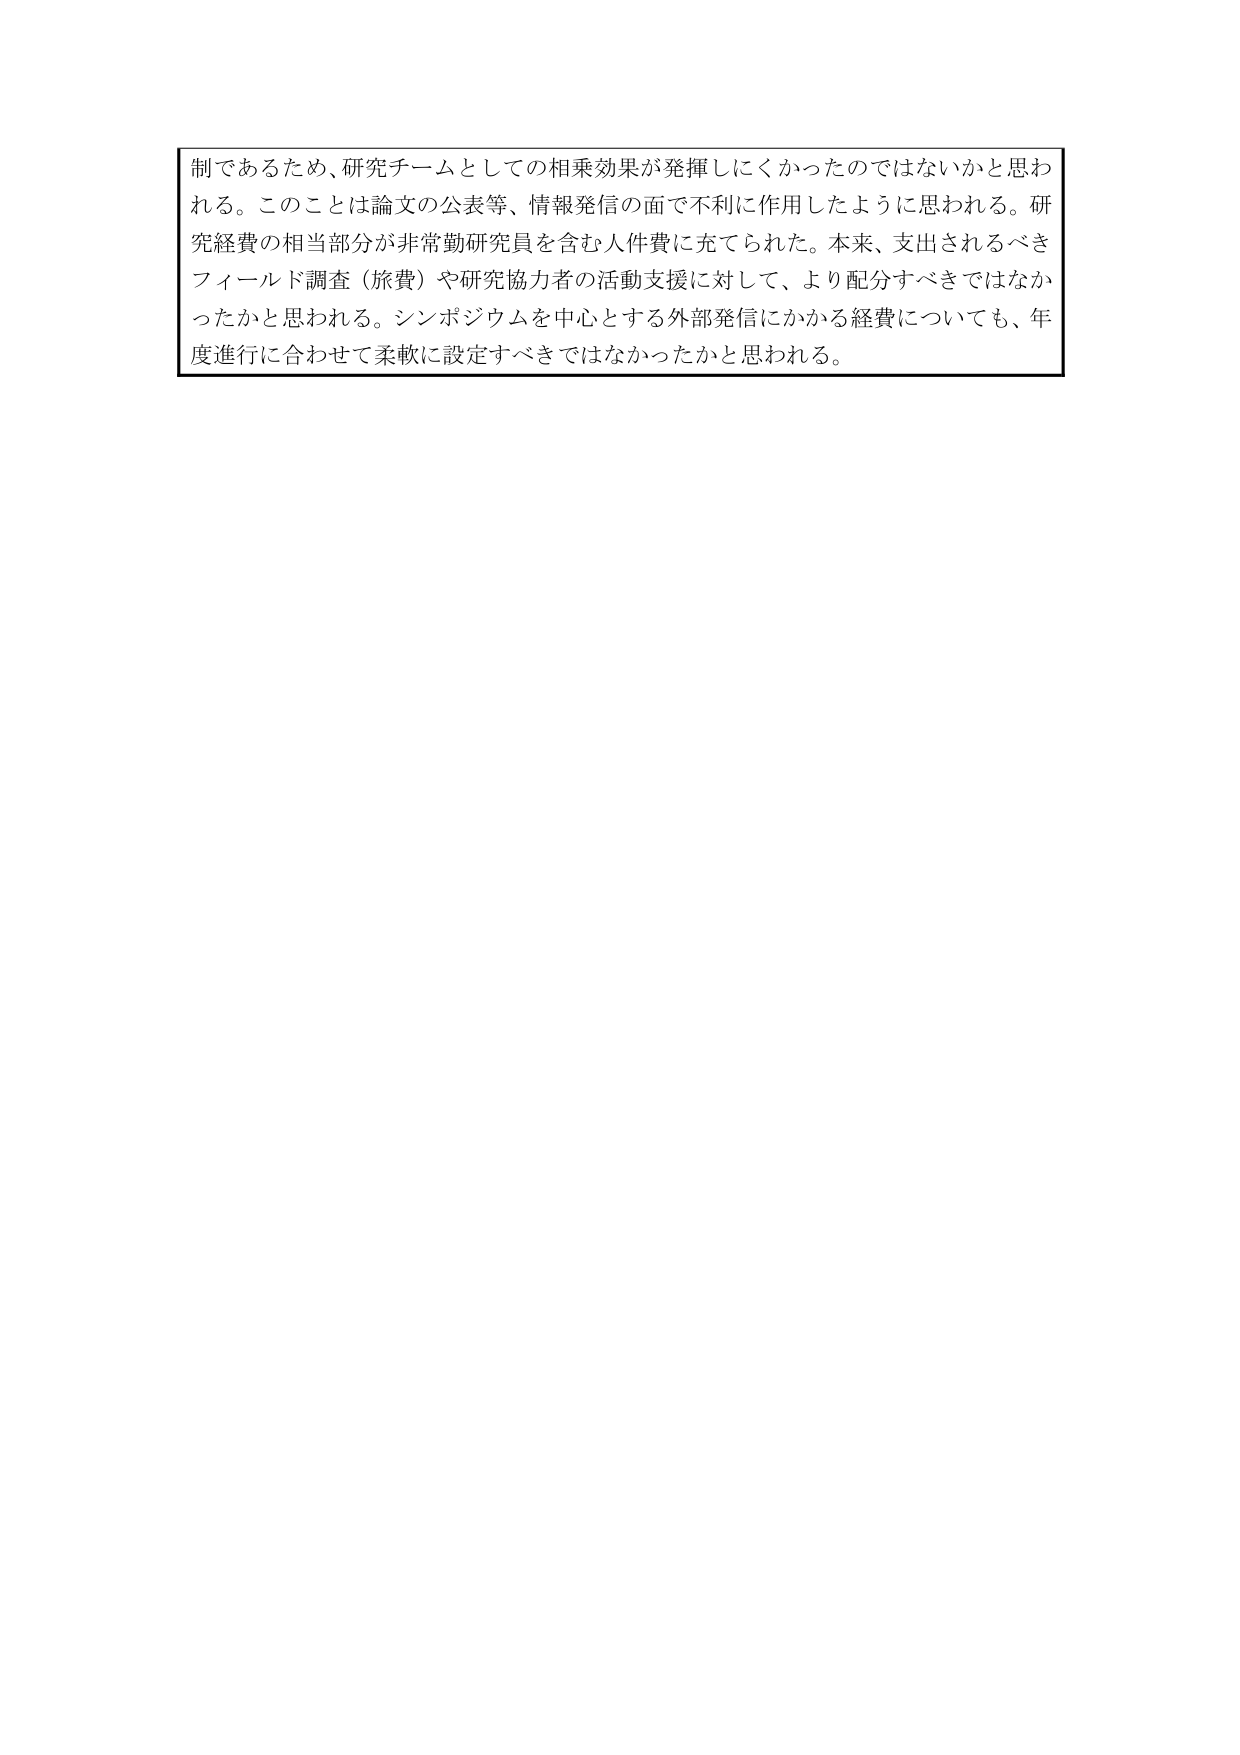
制であるため、研究チームとしての相乗効果が発揮しにくかったのではないかと思われる。このことは論文の公表等、情報発信の面で不利に作用したように思われる。研究経費の相当部分が非常勤研究員を含む人件費に充てられた。本来、支出されるべきフィールド調査（旅費）や研究協力者の活動支援に対して、より配分すべきではなかったかと思われる。シンポジウムを中心とする外部発信にかかる経費についても、年度進行に合わせて柔軟に設定すべきではなかったかと思われる。